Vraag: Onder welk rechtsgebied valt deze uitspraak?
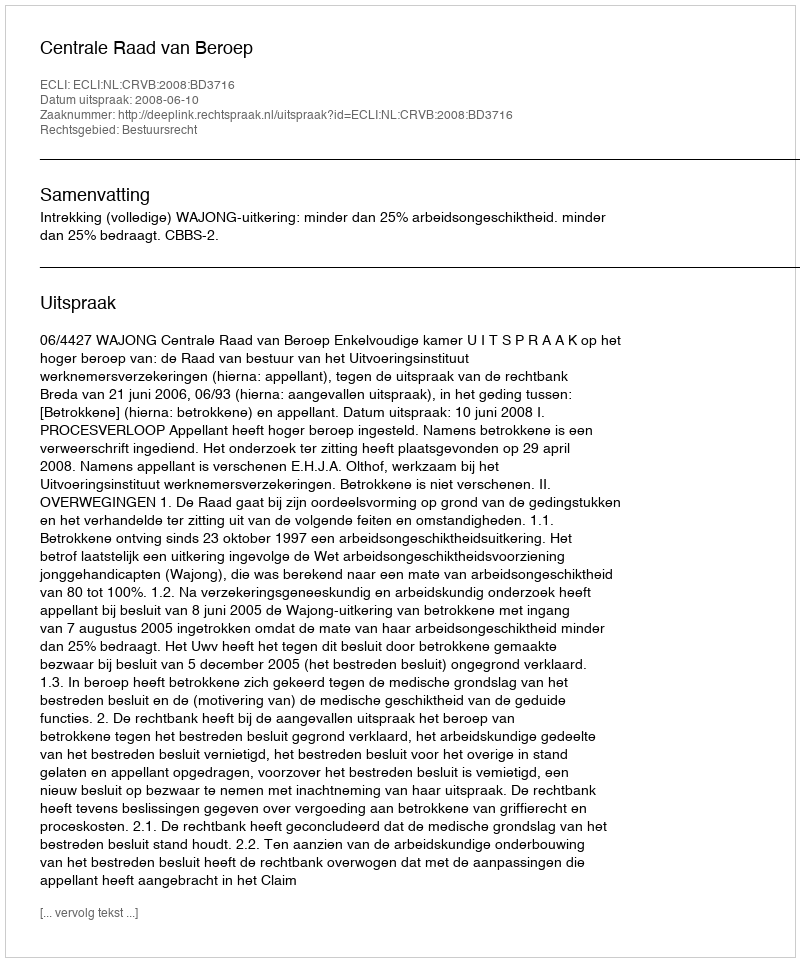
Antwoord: Bestuursrecht